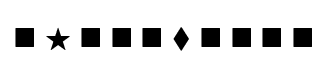
\blacksquare \ \bigstar \ \blacksquare \ \blacksquare \ \blacksquare \ \blacklozenge \ \blacksquare \ \blacksquare \ \blacksquare \ \blacksquare